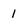
Character: I